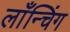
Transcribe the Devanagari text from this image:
लाँन्चिंग